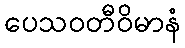
ပေသဝတီဝိမာနံ